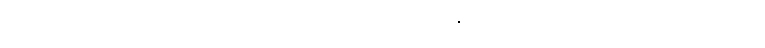
၃၇၇+ ၃၇၈+ ဓမ္မံ၊ တရားကိုသာလျှင်။ သက္ကရောန္တော၊ ကောင်းစွာပြု၍။ ဓမ္မံ၊ တရားကို။